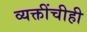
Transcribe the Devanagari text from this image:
व्यक्तींचीही